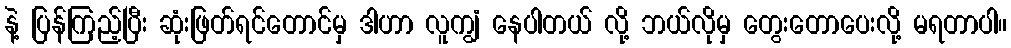
နဲ့ ပြန်ကြည့်ပြီး ဆုံးဖြတ်ရင်တောင်မှ ဒါဟာ လူကျွံ နေပါတယ် လို့ ဘယ်လိုမှ တွေးတောပေးလို့ မရတာပါ။